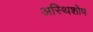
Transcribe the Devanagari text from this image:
अस्थिशोष